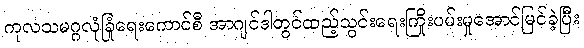
ကုလသမဂ္ဂလုံခြုံရေးကောင်စီ အာဂျင်ဒါတွင်ထည့်သွင်းရေးကြိုးပမ်းမှုအောင်မြင်ခဲ့ပြီး